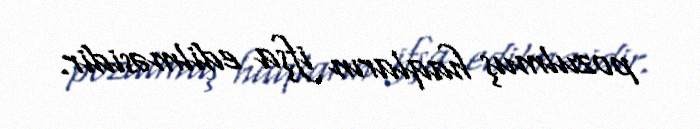
pozulmuş haqların ifşa edilməsidir.